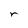
Character: r